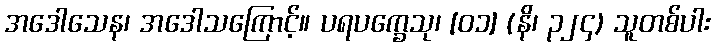
အဒေါသေန၊ အဒေါသကြောင့်။ ပရပက္ခေသု၊ [၀၁] (နိ၊ ၃၂၄) သူတစ်ပါး